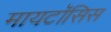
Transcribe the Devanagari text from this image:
मायटॉसिस